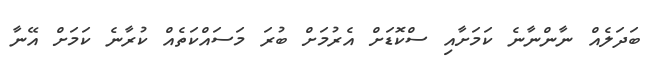
ބަދަލެއް ނާންނާނެ ކަމަށާއި ސްކޮޑަށް އެރުމަށް ބުރަ މަސައްކަތެއް ކުރާނެ ކަމަށް އޭނާ